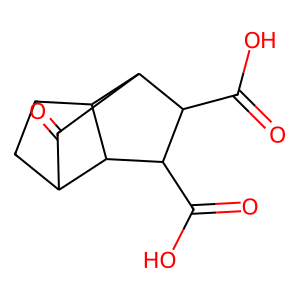
SMILES: O=C1C2CCC3C1C(C(=O)O)C(C(=O)O)C23
Inhibits HIV replication: No